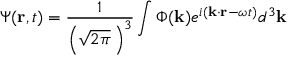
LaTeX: \Psi ( \mathbf { r } , t ) = { \frac { 1 } { \left( { \sqrt { 2 \pi } } \, \right) ^ { 3 } } } \int \Phi ( \mathbf { k } ) e ^ { i ( \mathbf { k } \cdot \mathbf { r } - \omega t ) } d ^ { 3 } \mathbf { k } \,